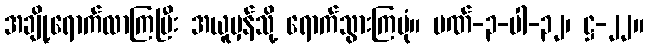
အချို့ရောက်လာကြပြီး အယူမှန်သို့ ရောက်သွားကြပုံ။ ပဏ်-၃-ပါ-၃၂၊ ဋ္ဌ-၂၂။